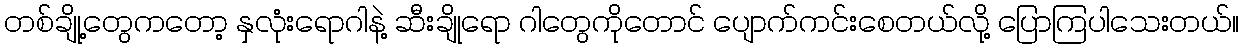
တစ်ချို့တွေကတော့ နှလုံးရောဂါနဲ့ ဆီးချိုရော ဂါတွေကိုတောင် ပျောက်ကင်းစေတယ်လို့ ပြောကြပါသေးတယ်။